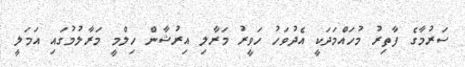
ސަރުމާގެ ފާތިރު މުހައްމަދަކީ އެދުވަހު ހަވީރު މަރާލި އިރުޝާން ހިލްމީ މަރާލުމުގައި އަމަލީ